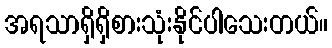
အရသာရှိရှိစားသုံးနိုင်ပါသေးတယ်။